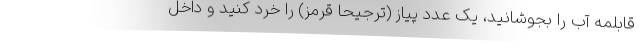
قابلمه آب را بجوشانید، یک عدد پیاز (ترجیحاً قرمز) را خرد کنید و داخل